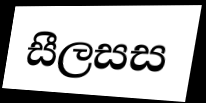
සීලසස